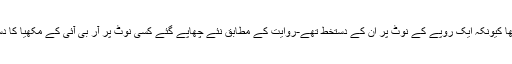
ایسا اس لئے تھا کیونکہ ایک روپے کے نوٹ پر ان کے دستخط تھے-روایت کے مطابق نئے چھاپے گئے کسی نوٹ پر آر بی آئی کے مکھیا کا دستخط ہوتا ہے۔